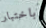
باختبار